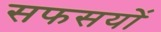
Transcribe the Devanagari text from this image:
सफसयों